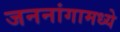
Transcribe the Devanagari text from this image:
जननांगामध्ये